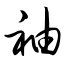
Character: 袖